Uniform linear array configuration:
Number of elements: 48
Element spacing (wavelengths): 1
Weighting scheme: exponential
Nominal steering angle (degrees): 0
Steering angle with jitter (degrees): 1.65
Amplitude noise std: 0.05
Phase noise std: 0.05

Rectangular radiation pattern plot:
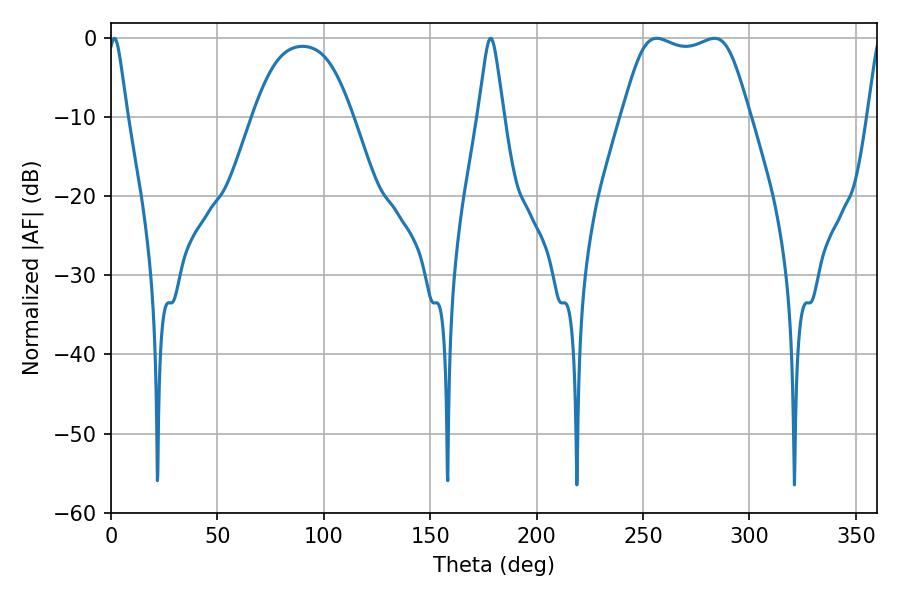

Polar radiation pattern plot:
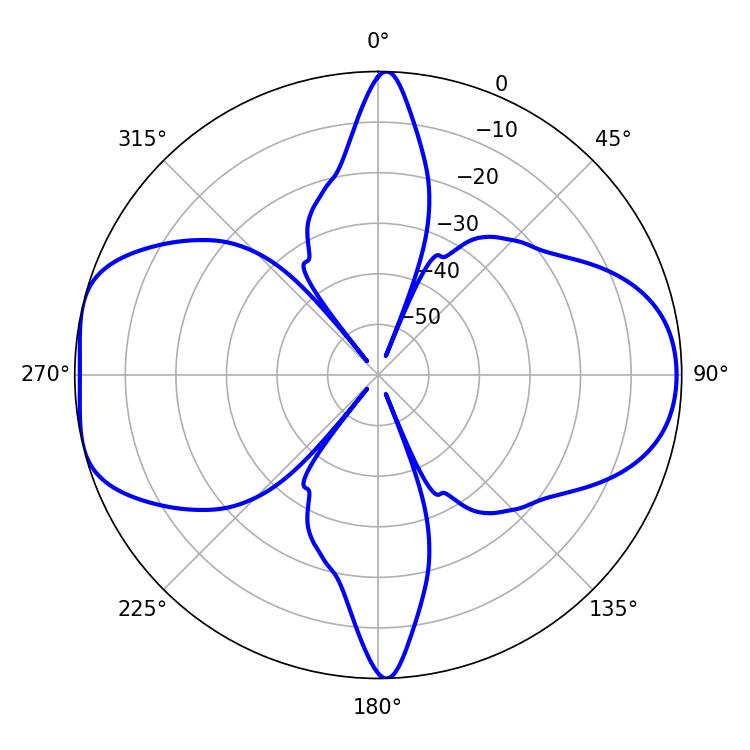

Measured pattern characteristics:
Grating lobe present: TRUE
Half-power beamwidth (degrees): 4.32
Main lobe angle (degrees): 1.62